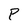
Character: P